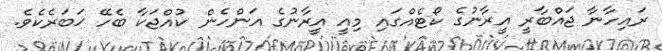
ރައިހާނާ ޖައްބާރީ އީރާނުގެ ކޯޓެއްގައި މިއީ އީރާނުގެ އަންހެން ކުއްޖަކާ ބެހޭ ޚަބަރެކެވެ.